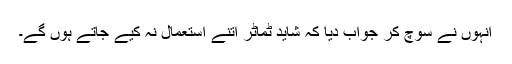
انہوں نے سوچ کر جواب دیا کہ شاید ٹماٹر اتنے استعمال نہ کیے جاتے ہوں گے۔